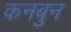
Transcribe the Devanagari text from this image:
कनबुन